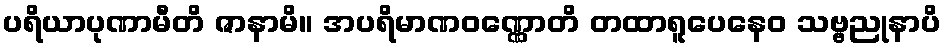
ပရိယာပုဏာမီတိ ဇာနာမိ။ အပရိမာဏဝဏ္ဏောတိ တထာရူပေနေဝ သဗ္ဗညုနာပိ